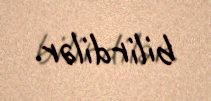
bilirdilər.